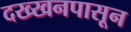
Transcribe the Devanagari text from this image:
दख्खनपासून